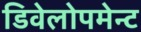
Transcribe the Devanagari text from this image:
डिवेलोपमेन्ट